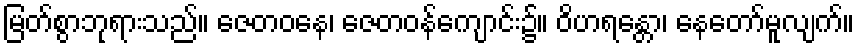
မြတ်စွာဘုရားသည်။ ဇေတဝနေ၊ ဇေတဝန်ကျောင်း၌။ ဝိဟရန္တော၊ နေတော်မူလျက်။